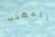
المهذب